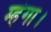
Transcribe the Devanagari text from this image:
म्हंगा।